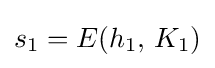
s_{1}=E(h_{1},\,K_{1})